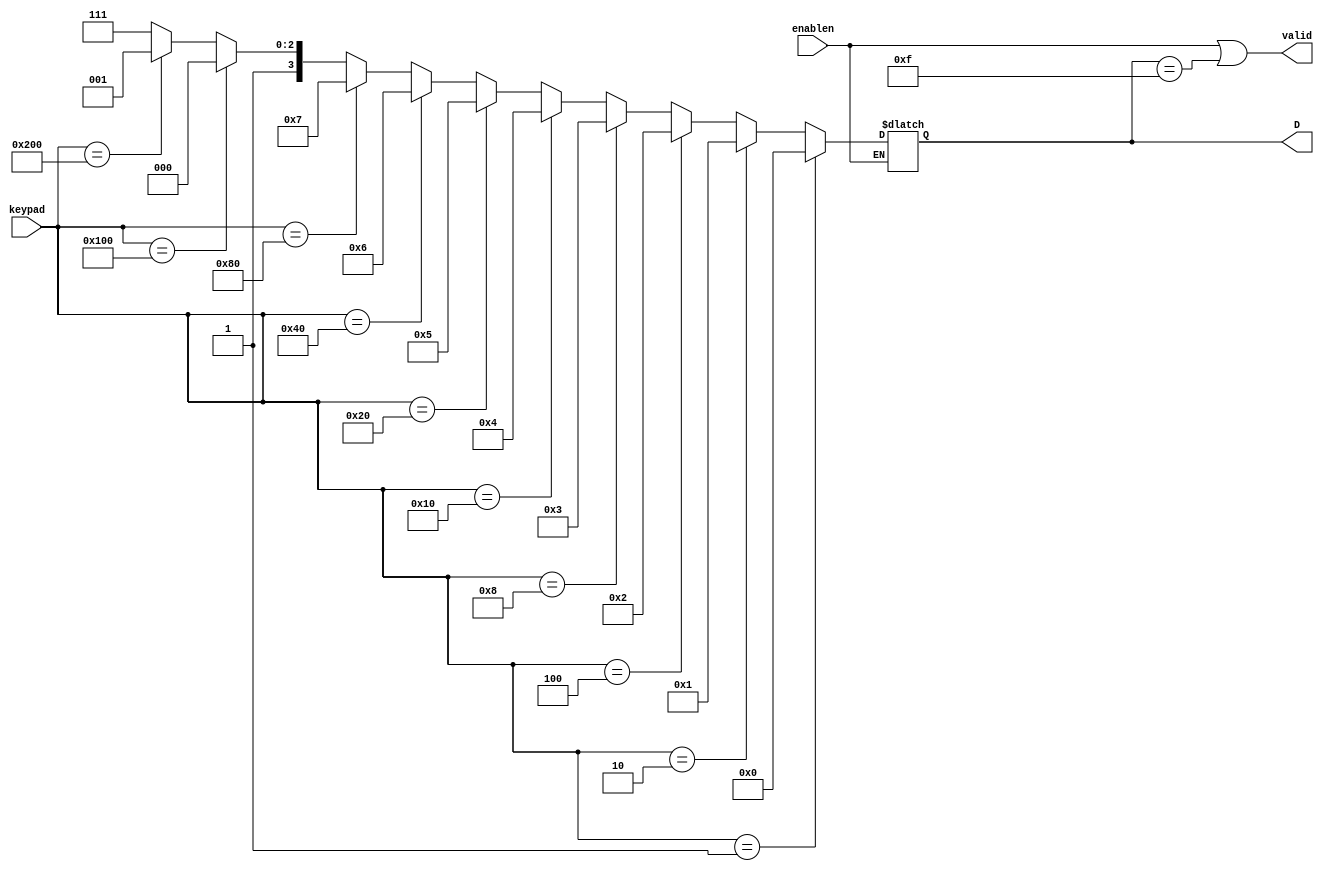
module encoder_dec_bcd  (keypad, enablen, D, valid);

    input wire[9:0] keypad;
    input wire enablen;

    output reg[3:0] D;
    output wire valid;
    initial D = 4'hF;


    always @(keypad)
        if (!enablen)
            D = (keypad == 10'b0000000001)? 0:
                (keypad == 10'b0000000010)? 1:
                (keypad == 10'b0000000100)? 2:
                (keypad == 10'b0000001000)? 3:
                (keypad == 10'b0000010000)? 4:
                (keypad == 10'b0000100000)? 5:
                (keypad == 10'b0001000000)? 6:
                (keypad == 10'b0010000000)? 7:
                (keypad == 10'b0100000000)? 8:
                (keypad == 10'b1000000000)? 9:
                4'hF;

    assign valid = (enablen |
                    D == 4'hF);

endmodule